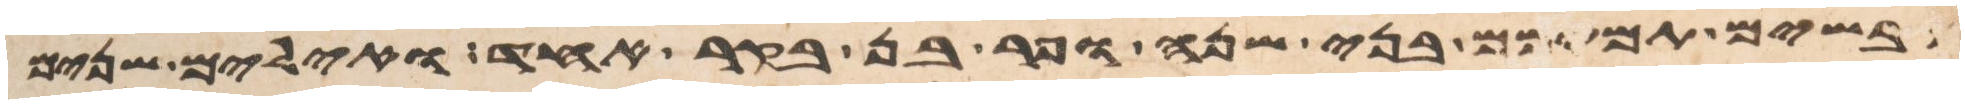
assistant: כבשים תמימם בני שנה ופר בן בקר אחד ואילים שנים